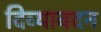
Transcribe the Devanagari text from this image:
दिव्‍यावदन